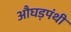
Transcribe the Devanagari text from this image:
औघड़पंथी